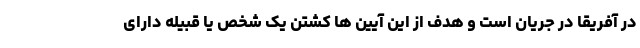
در آفریقا در جریان است و هدف از این آیین ها کشتن یک شخص یا قبیله دارای